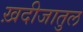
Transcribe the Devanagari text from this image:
ख़दीजातुल